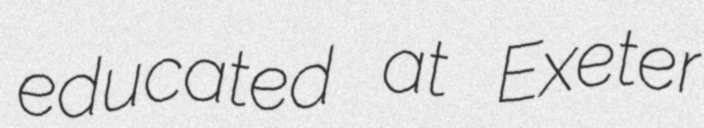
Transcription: educated at Exeter